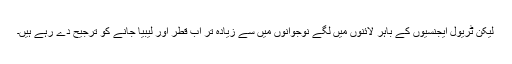
لیکن ٹریول ایجنسیوں کے باہر لائنوں میں لگے نوجوانوں میں سے زیادہ تر اب قطر اور لیبیا جانے کو ترجیح دے رہے ہیں۔